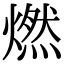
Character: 燃